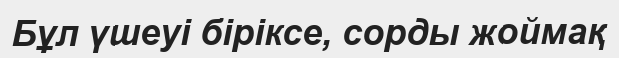
Бұл үшеуі біріксе, сорды жоймақ